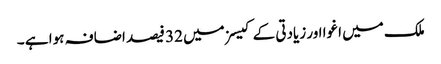
ملک میں اغوا اور زیادتی کے کیسزمیں 32 فیصد اضافہ ہوا ہے ۔